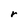
Character: r